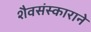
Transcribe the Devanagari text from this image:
शैवसंस्काराने